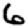
Digit: 6